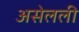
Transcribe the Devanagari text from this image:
असेलली